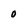
Character: 0